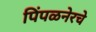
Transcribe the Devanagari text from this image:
पिंपळनेरचे